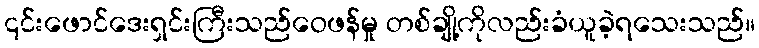
၎င်းဖောင်ဒေးရှင်းကြီးသည်ဝေဖန်မှု တစ်ချို့ကိုလည်းခံယူခဲ့ရသေးသည်။